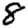
Digit: 8